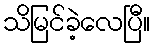
သိမြင်ခဲ့လေပြီ။